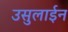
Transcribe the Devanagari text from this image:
उसुलाईन